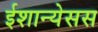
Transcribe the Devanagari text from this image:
ईशान्येसस